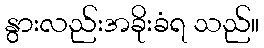
နွားလည်းအခိုးခံရ သည်။